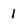
Character: I